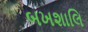
બખશાલિ